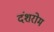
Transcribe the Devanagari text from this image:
दंशरोम